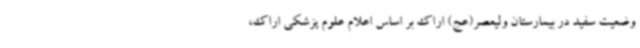
وضعیت سفید در بیمارستان ولیعصر(عج) اراک بر اساس اعلام علوم پزشکی اراک،